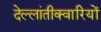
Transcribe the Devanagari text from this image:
देल्लांतीक्वारियों